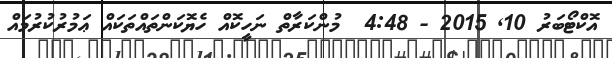
އޮކްޓޯބަރު 10